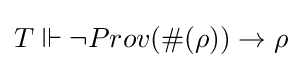
T\Vdash \neg Prov(\#(\rho ))\rightarrow \rho